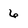
Character: 6